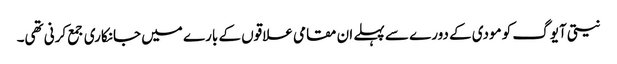
نیتی آیوگ کو مودی کے دورے سے پہلے ان مقامی علاقوں کے بارے میں جانکاری جمع کرنی تھی۔